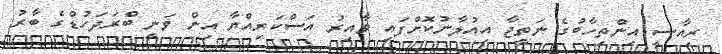
ރިއާސީ އިންތިހާބުގެ ނަތީޖާ އިއުލާނުކޮށްފައި ވާއިރު އަސްކަރިއްޔާ އިން ވަނީ ބްރަދަހުޑްގެ ބާރު